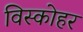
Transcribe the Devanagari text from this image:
विस्कोहर